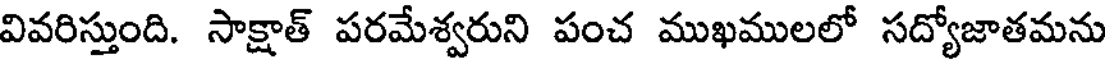
వివరిస్తుంది. సాక్షాత్ పరమేశ్వరుని పంచ ముఖములలో సద్యోజాతమను